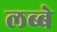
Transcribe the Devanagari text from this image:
लब्बे